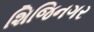
શિજિનગર